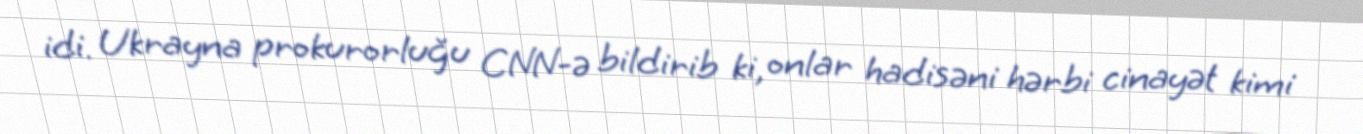
idi. Ukrayna prokurorluğu CNN-ə bildirib ki, onlar hadisəni hərbi cinayət kimi